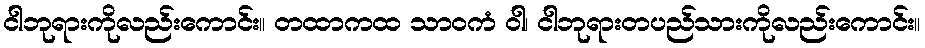
ငါဘုရားကိုလည်းကောင်း။ တထာကထ သာဝကံ ဝါ၊ ငါဘုရားတပည်သားကိုလည်းကောင်း။